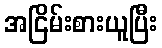
အငြိမ်းစားယူပြီး